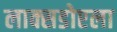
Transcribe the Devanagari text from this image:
लाक्सडोएला